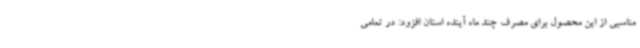
مناسبی از این محصول برای مصرف چند ماه آینده استان افزود: در تمامی